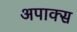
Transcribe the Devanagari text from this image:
अपाक्स